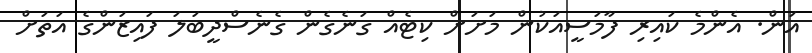
އަން. އެންމެ ކައިރި ފާމަސީއަކުން މަށަށް ކިޓެއް ގަނެގެން ގެނެސްދީބަލަ ފައިޒަންގެ އަތަށް